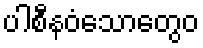
ပါစီနဝံသောတွေဝ